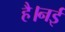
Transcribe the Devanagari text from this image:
है।नई